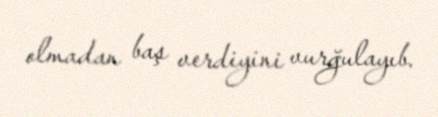
olmadan baş verdiyini vurğulayıb.